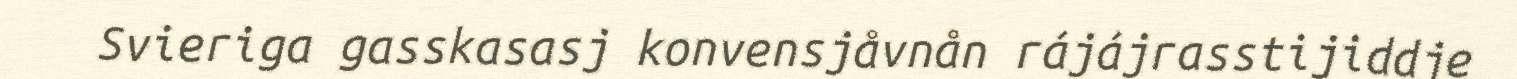
Svieriga gasskasasj konvensjåvnån rájájrasstijiddje